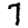
Digit: 7